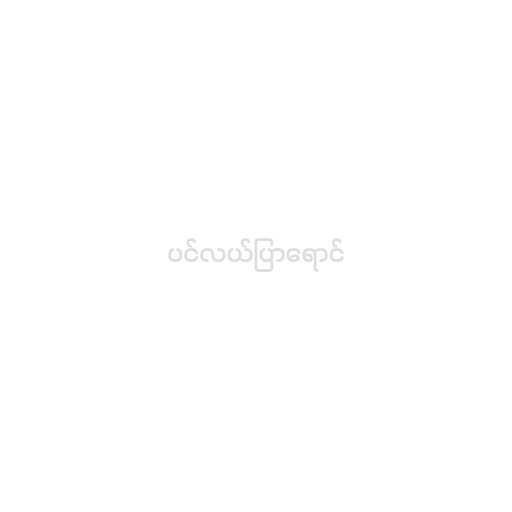
ပင်လယ်ပြာရောင်